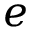
e